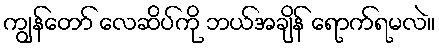
ကျွန်တော် လေဆိပ်ကို ဘယ်အချိန် ရောက်ရမလဲ။